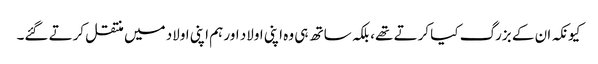
کیونکہ ان کے بزرگ کیا کرتے تھے، بلکہ ساتھ ہی وہ اپنی اولاد اور ہم اپنی اولاد میں منتقل کرتے گئے۔